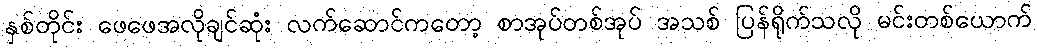
နှစ်တိုင်း ဖေဖေအလိုချင်ဆုံး လက်ဆောင်ကတော့ စာအုပ်တစ်အုပ် အသစ် ပြန်ရိုက်သလို မင်းတစ်ယောက်